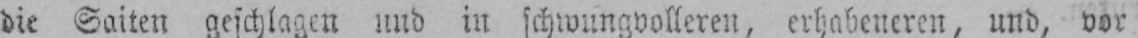
die Saiten geschlagen und in schwungvolleren, erhabeneren, und, vor